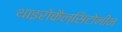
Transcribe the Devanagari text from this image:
थाइरोकैल्सिटोनीन